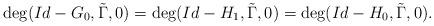
LaTeX: \begin{align*} \deg(Id-G_0, \tilde \Gamma, 0)= \deg(Id-H_1, \tilde \Gamma, 0)=\deg(Id-H_0, \tilde\Gamma, 0).\end{align*}